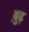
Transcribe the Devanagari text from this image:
बु़ढ़